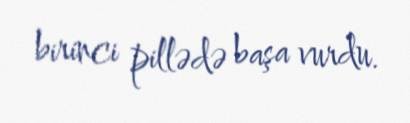
birinci pillədə başa vurdu.